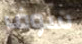
سوف